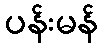
ပန်းမန်